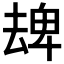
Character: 𠬈